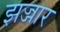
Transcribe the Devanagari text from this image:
झज्जार